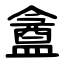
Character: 盦